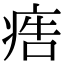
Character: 𤶳